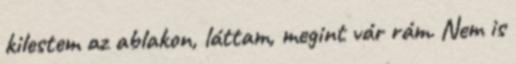
kilestem az ablakon, láttam, megint vár rám. Nem is